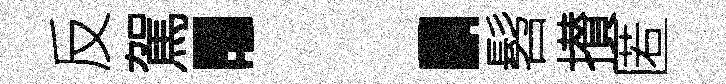
反駕：髫攅匿